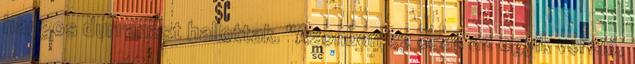
hangos durranást hallottak. "Azonban ez csak az egyik verzió,